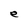
Character: e